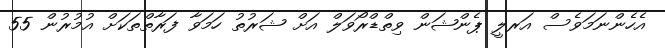
އެހެންނަމަވެސް އަރލީ ޕެންޝަން ވިތްޑްރޯވަލް އަށް ޝަރުތު ހަމަވާ ފަރާތްތަކަށް އުމުރުން 55